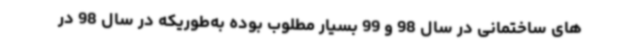
های ساختمانی در سال 98 و 99 بسیار مطلوب بوده به‌طوریکه در سال 98 در